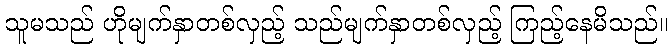
သူမသည် ဟိုမျက်နှာတစ်လှည့် သည်မျက်နှာတစ်လှည့် ကြည့်နေမိသည်။